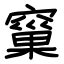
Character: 窼